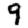
Digit: 9